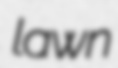
lawn